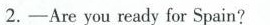
2.-Are you ready for Spain?